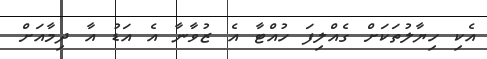
އެކި ހިޔާލުތަކަށް ގެއްލިފަ ހުއްޓާ އެ ޒުވާނާ އެ އަޑު އާ ދިމާއަށް